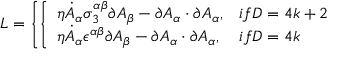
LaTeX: { \cal L } = \left\{ \left\{ \begin{array} { l l } { { \eta \dot { A } _ { \alpha } \sigma _ { 3 } ^ { \alpha \beta } \partial A _ { \beta } - \partial A _ { \alpha } \cdot \partial A _ { \alpha } , } } & { { i f D = 4 k + 2 } } \\ { { \eta \dot { A } _ { \alpha } \epsilon ^ { \alpha \beta } \partial A _ { \beta } - \partial A _ { \alpha } \cdot \partial A _ { \alpha } , } } & { { i f D = 4 k } } \end{array} \right. \right.